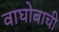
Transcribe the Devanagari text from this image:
वाघोबाची